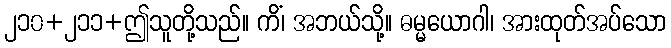
၂၁၀+၂၁၁+ဤသူတို့သည်။ ကိံ၊ အဘယ်သို့။ ဓမ္မယောဂါ၊ အားထုတ်အပ်သော